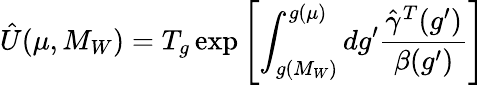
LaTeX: \hat{U}(\mu,M_{W})=T_{g}\exp\left[\int_{g(M_{W})}^{g(\mu)}{dg^{\prime}\frac{\hat{\gamma}^{T}(g^{\prime})}{\beta(g^{\prime})}}\right]